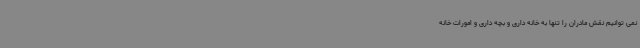
نمی توانیم نقش مادران را تنها به خانه داری و بچه داری و امورات خانه